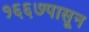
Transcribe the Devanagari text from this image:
१६६७पासून